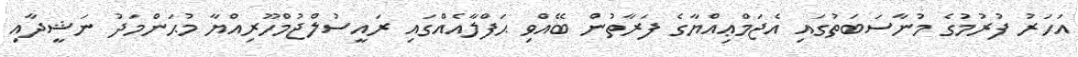
އަހަރު ފުރުމުގެ މުނާސަބަތުގައި އެޖަމްޢިއްޔާގެ ފަރާތުން ބޭއްވި ޙަފްލާއެއްގައި ރައީސުލްޖުމްހޫރިއްޔާ މުޙަންމަދު ނަޝީދާއި